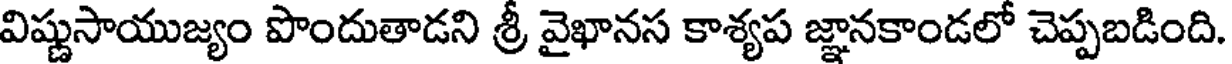
విష్ణుసాయుజ్యం పొందుతాడని శ్రీ వైఖానస కాశ్యప జ్ఞానకాండలో చెప్పబడింది.